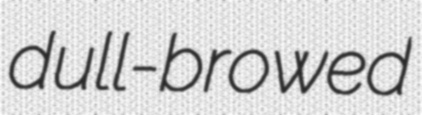
dull-browed